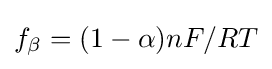
f_{\beta }=(1-\alpha )nF/RT